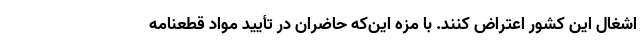
اشغال این کشور اعتراض کنند. با مزه این‌که حاضران در تأیید مواد قطعنامه